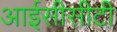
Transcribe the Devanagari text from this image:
आईसीसीटी